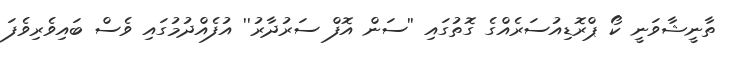
ތާނީޝާވަނީ ކޯ ޕްރޮޑިއުސަރެއްގެ ގޮތުގައި ''ސަން އޮފް ސަރުދާރު'' އުފެއްދުމުގައި ވެސް ބައިވެރިވެފަ